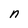
Character: n